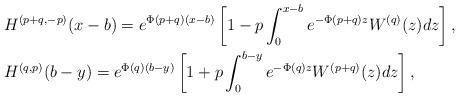
LaTeX: \begin{align*}&H^{(p+q,-p)}(x-b)=e^{\Phi(p+q)(x-b)}\left[1-p\int_{0}^{x-b}e^{-\Phi(p+q)z}W^{(q)}(z)dz\right],\\&H^{(q,p)}(b-y)=e^{\Phi(q)(b-y)}\left[1+p\int_{0}^{b-y}e^{-\Phi(q)z}W^{(p+q)}(z)dz\right],\end{align*}